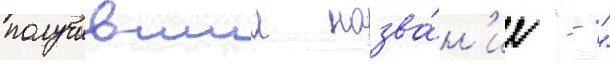
получившии назва́н'ие "- -"